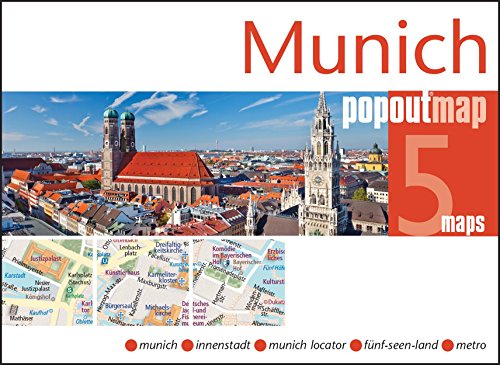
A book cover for Munich PopOut Map (PopOut Maps); Travel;